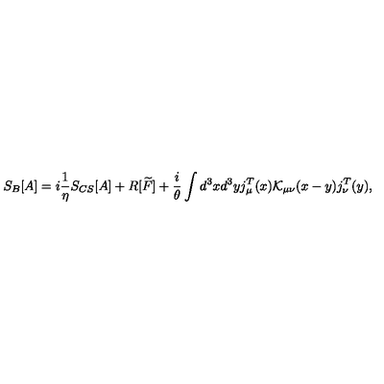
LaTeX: S _ { B } [ A ] = i \frac { 1 } { \eta } S _ { C S } [ A ] + R [ \widetilde { F } ] + \frac { i } { \theta } \int d ^ { 3 } x d ^ { 3 } y j _ { \mu } ^ { T } ( x ) { \mathcal K } _ { \mu \nu } ( x - y ) j _ { \nu } ^ { T } ( y ) ,